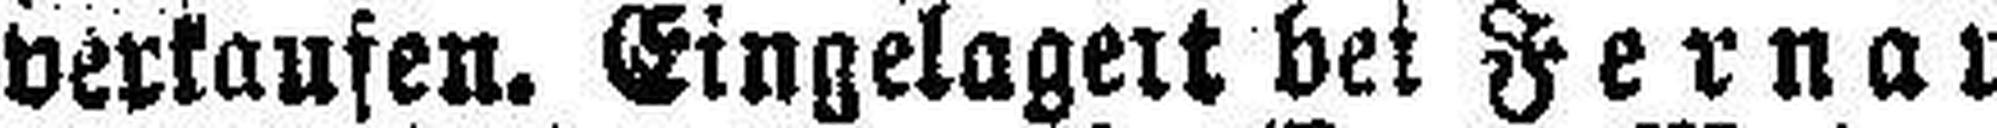
verkaufen. Eingelagert bei Fernau